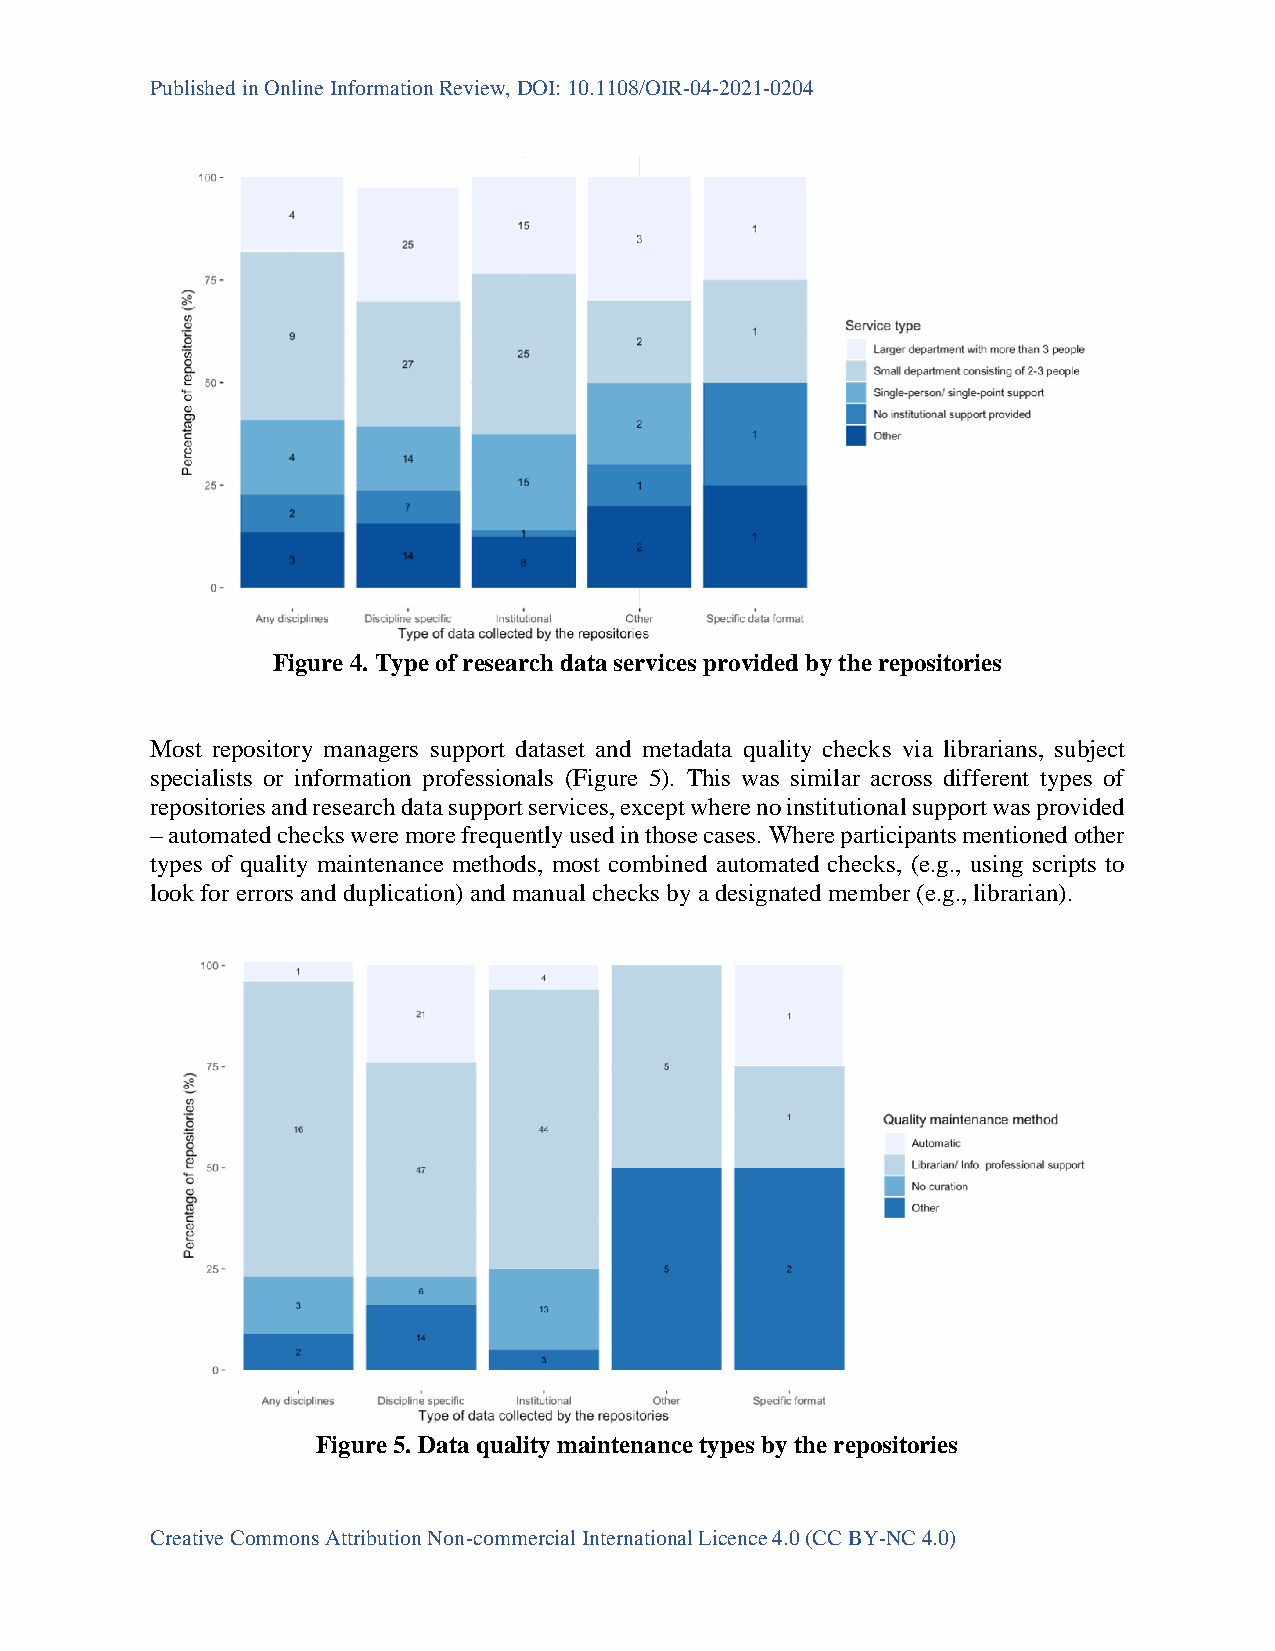
Published in Online Information Review, DOI: 10.1108/OIR-04-2021-0204
 Figure 4. Type of research data services provided by the repositories
 Most repository managers support dataset and metadata quality checks via librarians, subject
 specialists or information professionals (Figure 5). This was similar across different types of
 repositories and research data support services, except where no institutional support was provided
 – automated checks were more frequently used in those cases. Where participants mentioned other
 types of quality maintenance methods, most combined automated checks, (e.g., using scripts to
 look for errors and duplication) and manual checks by a designated member (e.g., librarian).
 Figure 5. Data quality maintenance types by the repositories
 Creative Commons Attribution Non-commercial International Licence 4.0 (CC BY-NC 4.0)